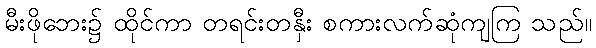
မီးဖိုဘေး၌ ထိုင်ကာ တရင်းတနှီး စကားလက်ဆုံကျကြ သည်။